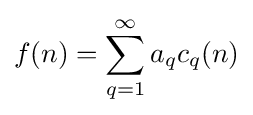
f(n)=\sum _{q=1}^{\infty }a_{q}c_{q}(n)